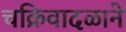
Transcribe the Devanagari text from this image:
चक्रिवादळाने